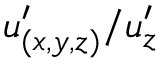
u _ { ( x , y , z ) } ^ { \prime } / u _ { z } ^ { \prime }